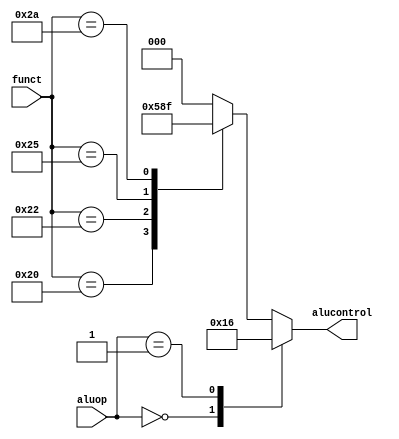
`timescale 1ns / 1ps
//////////////////////////////////////////////////////////////////////////////////
// Company: 
// Engineer: 
// 
// Design Name: 
// Module Name: alu_dec
// Project Name: 
// Target Devices: 
// Tool Versions: 
// Description: 
// 
// Dependencies: 
// 
// Revision:
// Revision 0.01 - File Created
// Additional Comments:
// 
//////////////////////////////////////////////////////////////////////////////////


module alu_dec(
    input wire [5:0] funct,
    input wire [1:0] aluop,
    output wire [2:0] alucontrol
    );
//    assign alucontrol = (aluop == 2'b00)? 3'b010:
//                        (aluop == 2'b01)? 3'b110:
//                        (aluop == 2'b10)?
//                                        (funct == 6'b100000) ? 3'b010:
//                                        (funct == 6'b100010) ? 3'b110:
//                                        (funct == 6'b100100) ? 3'b000:
//                                        (funct == 6'b100101) ? 3'b001:
//                                        (funct == 6'b101010) ? 3'b111:
//                                        3'b000 : 3'b000;
//endmodule
    reg [2:0] alucontrol1;
	always @(*) begin
		case (aluop)
			2'b00: alucontrol1 <= 3'b010;//add (for lw/sw/addi)
			2'b01: alucontrol1 <= 3'b110;//sub (for beq)
			default : case (funct)
				6'b100000:alucontrol1 <= 3'b010; //add
				6'b100010:alucontrol1 <= 3'b110; //sub
				6'b100100:alucontrol1 <= 3'b000; //and
				6'b100101:alucontrol1 <= 3'b001; //or
				6'b101010:alucontrol1 <= 3'b111; //slt
				default:  alucontrol1 <= 3'b000;
			endcase
		endcase
		
		$display("alu_dec, alucontrol:%b",alucontrol);
	
	end
	assign alucontrol = alucontrol1;
endmodule